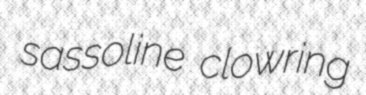
sassoline clowring